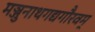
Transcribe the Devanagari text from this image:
मञ्जुनाथगद्यगौरवम्